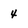
Character: 4